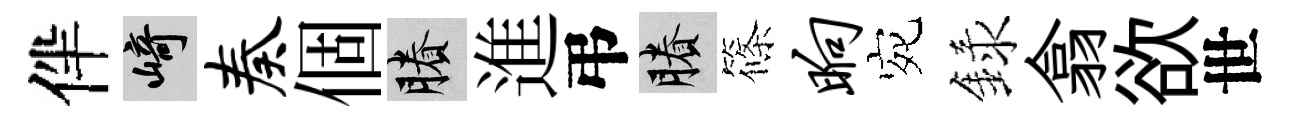
伴崎奏個賸進弔賸篠晌宛録翕欲世